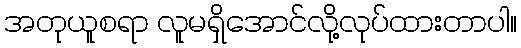
အတုယူစရာ လူမရှိအောင်လို့လုပ်ထားတာပါ။